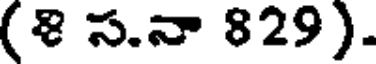
(8 స.నా 829).